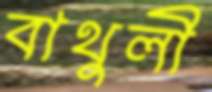
বাথুলী